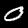
Label: 0